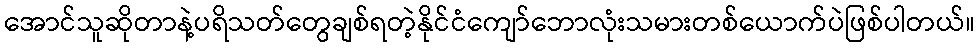
အောင်သူဆိုတာနဲ့ပရိသတ်တွေချစ်ရတဲ့နိုင်ငံကျော်ဘောလုံးသမားတစ်ယောက်ပဲဖြစ်ပါတယ်။